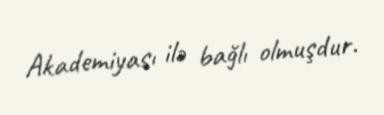
Akademiyası ilə bağlı olmuşdur.